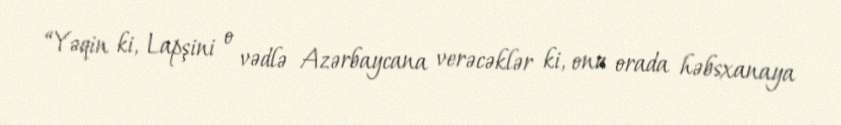
“Yəqin ki, Lapşini o vədlə Azərbaycana verəcəklər ki, onu orada həbsxanaya